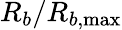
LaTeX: R_{b}/R_{b,\operatorname*{max}}